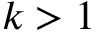
k > 1